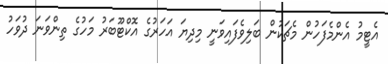
އެޓީމު އެންމެފަހުން މެޗަކުން ބަލިވެފައިވަނީ މިދިޔަ އަހަރުގެ އޮކްޓޫބަރު މަހުގެ ތިންވަނަ ދުވަހު